Vaccine operations Central Provinces 1886-1899 - 1886-1899
Year: 1886
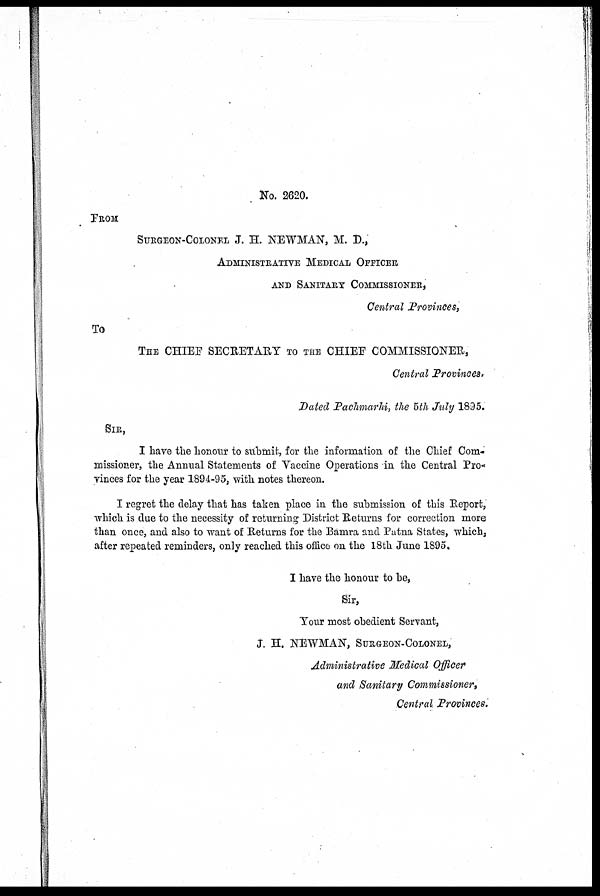
No. 2620.
FROM
SURGEON-COLONEL J. H. NEWMAN, M. D.,
ADMINISTRATIVE MEDICAL OFFICER
AND SANITARY COMMISSIONER,
Central Provinces,
To
THE CHIEF SECRETARY TO THE CHIEF COMMISSIONER,
Central Provinces.
Dated Pachmarhi, the 5 th July 1895.
SIR,
I have the honour to submit, for the information of the Chief Com-
missioner, the Annual Statements of Vaccine Operations in the Central Pro-
vinces for the year 1894-95, with notes thereon.
I regret the delay that has taken place in the submission of this Report,
which is due to the necessity of returning District Returns for correction more
than once, and also to want of Returns for the Bamra and Patna States, which,
after repeated reminders, only reached this office on the 18th June 1895.
I have the honour to be,
Sir,
Your most obedient Servant,
J. H. NEWMAN, SURGEON-COLONEL,
Administrative Medical Officer
and Sanitary Commissioner,
Central Provinces.